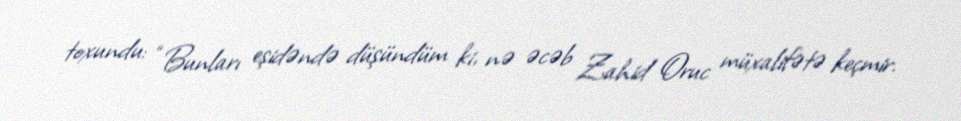
toxundu: “Bunları eşidəndə düşündüm ki, nə əcəb Zahid Oruc müxalifətə keçmir.